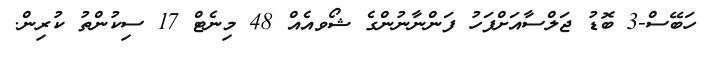
ހަބޭސް-3 ބޮޑު ޖަލްސާއަށްފަހު ފަންނާނުންގެ ޝޯވއެއް 48 މިނެޓް 17 ސިކުންތު ކުރިން.